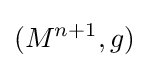
(M^{n+1},g)